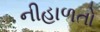
નીહાળતો